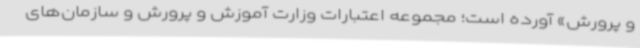
و پرورش» آورده است؛ مجموعه اعتبارات وزارت آموزش و پرورش و سازمان‌های